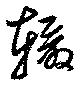
轍